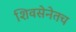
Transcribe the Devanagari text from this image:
शिवसेनेतच